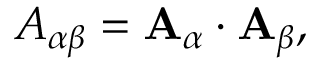
\begin{array} { r } { { A } _ { \alpha \beta } = { \bf { A } } _ { \alpha } \cdot { \bf { A } } _ { \beta } , } \end{array}